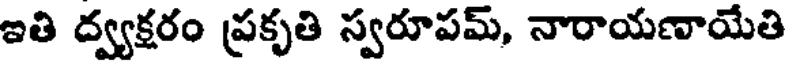
ఇతి ద్వ్యక్షరం ప్రకృతి స్వరూపమ్, నారాయణాయేతి